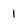
Character: 1